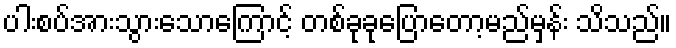
ပါးစပ်အားသွားသောကြောင့် တစ်ခုခုပြောတော့မည်မှန်း သိသည်။